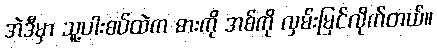
အဲဒီမှာ သူ့ပါးစပ်ထဲက ဓားကို အစ်ကို လှမ်းမြင်လိုက်တယ်။